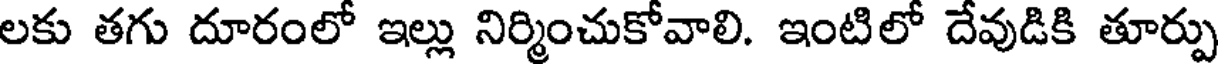
లకు తగు దూరంలో ఇల్లు నిర్మించుకోవాలి. ఇంటిలో దేవుడికి తూర్పు